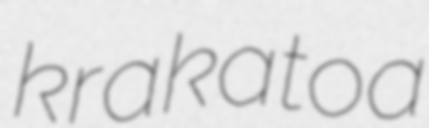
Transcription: krakatoa